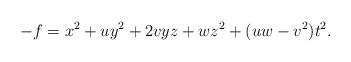
LaTeX: \begin{align*}-f=x^2 + u y^2 + 2v y z + w z^2+( u w -v^2 )t^2.\end{align*}